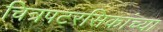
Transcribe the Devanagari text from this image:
चित्रपटरसिकांच्या